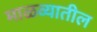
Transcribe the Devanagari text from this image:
माळव्यातील